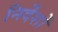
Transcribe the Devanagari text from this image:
निर्देंशों